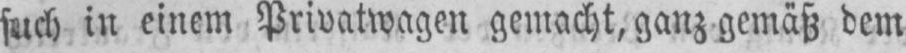
such in einem Privatwagen gemacht, ganz gemäß dem